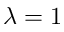
\lambda = 1